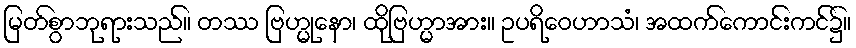
မြတ်စွာဘုရားသည်။ တဿ ဗြဟ္မုနော၊ ထိုဗြဟ္မာအား။ ဥပရိဝေဟာသံ၊ အထက်ကောင်းကင်၌။